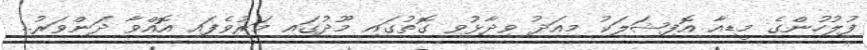
ފުލުހުންގެ މީޑިއާ އޮފިޝަލަކު މިއަދު ވިދާޅުވި ގޮތުގައި މޫދުގައި މަރުވެފައި އޮއްވާ ދަންވަރު..